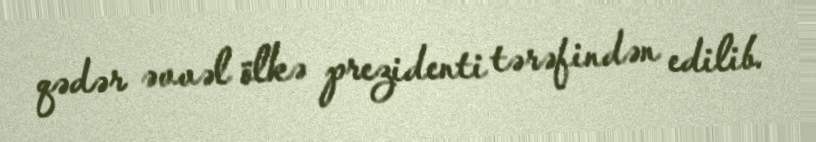
qədər əvvəl ölkə prezidenti tərəfindən edilib.